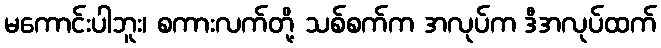
မကောင်းပါဘူး၊ စကားလက်တို့ သစ်စက်က အလုပ်က ဒီအလုပ်ထက်